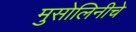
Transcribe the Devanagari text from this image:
मुसोलिनीचे